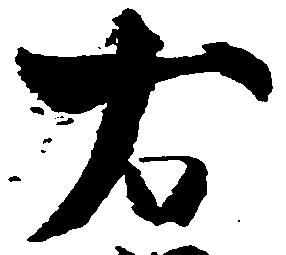
右